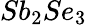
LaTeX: Sb_{2}Se_{3}